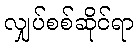
လျှပ်စစ်ဆိုင်ရာ